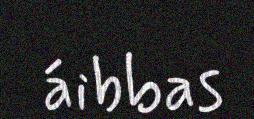
áibbas